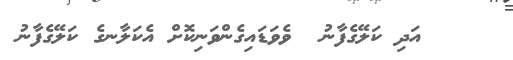
٧    އަދި ކަލޭގެފާނު  ވެވަޑައިގެންވަނިކޮށް އެކަލާނގެ ކަލޭގެފާނު